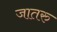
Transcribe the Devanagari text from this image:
जातरु